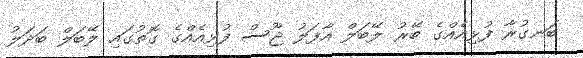
ބަނގުރާ ފުޅިއެއްގެ ބޭރު ލޭބަލް އާފަލު ޖޫސް ފުޅިއެއްގެ ގޮތުގައި ލޭބަލް ބަދަލު